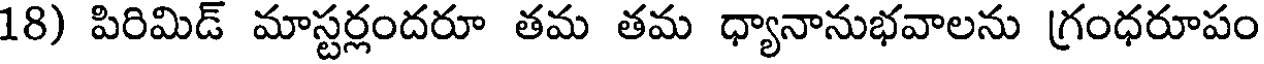
18) పిరిమిడ్ మాస్టర్లందరూ తమ తమ ధ్యానానుభవాలను గ్రంధరూపం